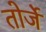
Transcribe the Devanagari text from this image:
तोर्जे